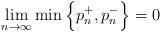
LaTeX: \begin{align*}\lim_{n\to\infty}\min\Big\{p_n^+,p_n^-\Big\}=0\end{align*}